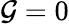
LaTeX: \mathcal{G}=0